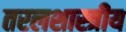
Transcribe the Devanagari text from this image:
तरलशास्त्रीय